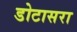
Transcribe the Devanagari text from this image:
डोटासरा